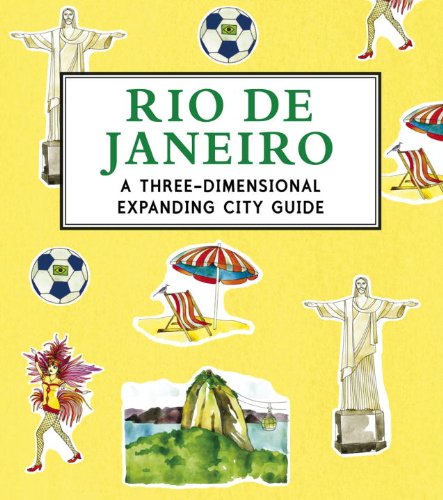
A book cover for Rio de Janeiro: A 3D Keepsake Cityscape (Panorama Pops); Candlewick Press; Children's Books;